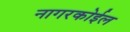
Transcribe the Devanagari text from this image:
नागरकोईल